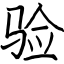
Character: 验